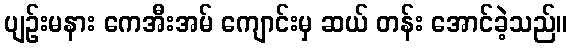
ပျဉ်းမနား ကေအီးအမ် ကျောင်းမှ ဆယ် တန်း အောင်ခဲ့သည်။